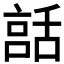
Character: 𦧨